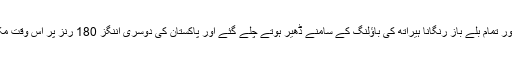
پاکستان نے اس ایک فیصد امکان کے بالکل مطابق کام کیا اور تمام بلے باز رنگانا ہیراتھ کی باؤلنگ کے سامنے ڈھیر ہوتے چلے گئے اور پاکستان کی دوسری اننگز 180 رنز پر اس وقت مکمل ہوئی جب آخری دن صرف 21 اوورز کا کھیل باقی تھا۔